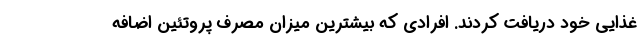
غذایی خود دریافت کردند. افرادی که بیشترین میزان مصرف پروتئین اضافه